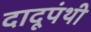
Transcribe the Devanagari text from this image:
दादूपंथी